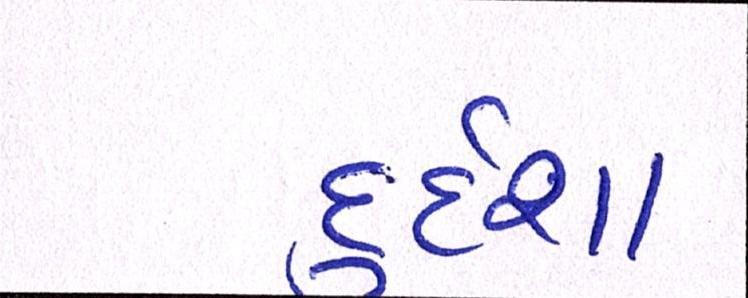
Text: દુર્દશા